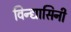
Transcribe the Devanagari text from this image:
विन्द्यासिनी